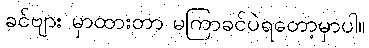
ခင်ဗျား မှာထားတာ မကြာခင်ပဲရတော့မှာပါ။